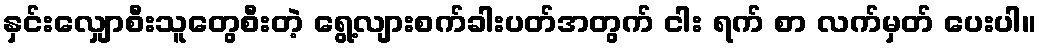
နှင်းလျှောစီးသူတွေစီးတဲ့ ရွေ့လျားစက်ခါးပတ်အတွက် ငါး ရက် စာ လက်မှတ် ပေးပါ။